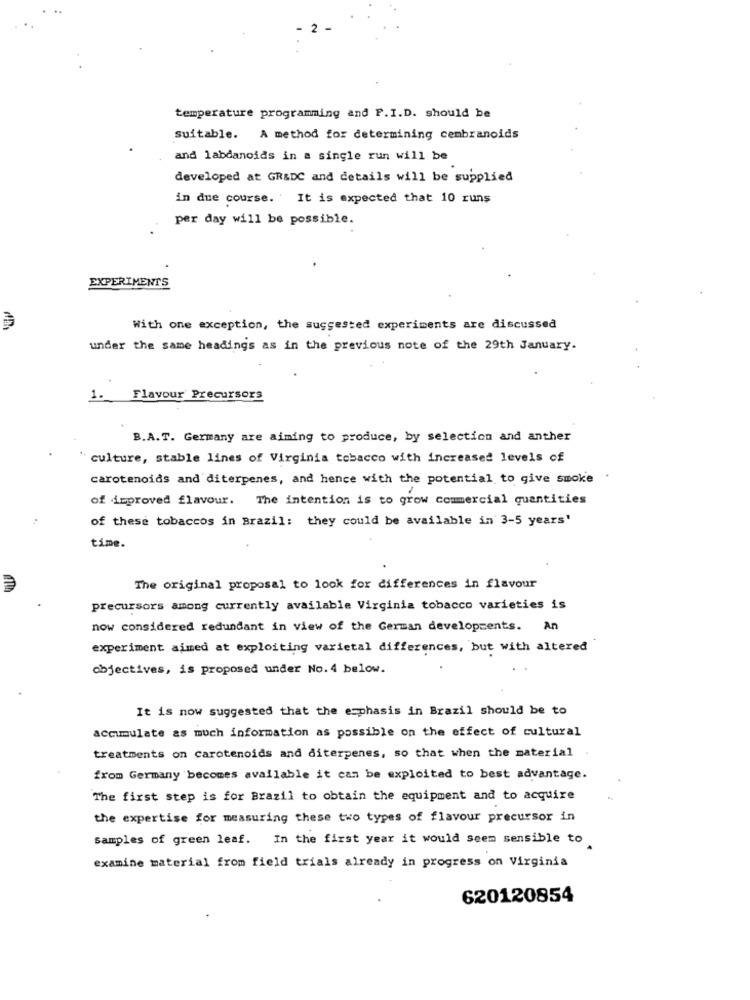
2
temperature programming and F.I.D. should be
suitable. A method for determining cembranoids
and labdanoids in a single run will be
developed at GR&DC and details will be supplied
in due course. It is expected that 10 runs
per day will be possible.
EXPERIMENTS
With one exception, the suggested experiments are discussed
under the same headings as in the previous note of the 29th January.
1.
Flavour Precursors
B.A.T. Germany are aiming to produce, by selection and anther
culture, stable lines of Virginia tobacco with increased levels of
carotenoids and diterpenes, and hence with the potential to give smoke
of improved flavour. The intention is to grow commercial quantities
of these tobaccos in Brazil: they could be available in 3-5 years'
time.
The original proposal to look for differences in flavour
precursors among currently available Virginia tobacco varieties is
now considered redundant in view of the German developments. An
experiment aimed at exploiting varietal differences, but with altered
objectives, is proposed under No. 4 below.
It is now suggested that the emphasis in Brazil should be to
accumulate as much information as possible on the effect of cultural
treatments on carotenoids and diterpenes, so that when the material
from Germany becomes available it can be exploited to best advantage.
The first step is for Brazil to obtain the equipment and to acquire
the expertise for measuring these two types of flavour precursor in
samples of green leaf. In the first year it would seem sensible to
examine material from field trials already in progress on Virginia
620120854